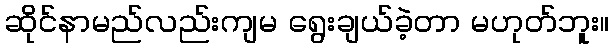
ဆိုင်နာမည်လည်းကျမ ရွေးချယ်ခဲ့တာ မဟုတ်ဘူး။